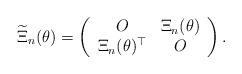
LaTeX: \begin{align*}\widetilde{\Xi}_n(\theta)=\left(\begin{array}{cc}O & \Xi_n(\theta) \\\Xi_n(\theta)^\top & O \end{array}\right).\end{align*}